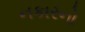
નકારનો